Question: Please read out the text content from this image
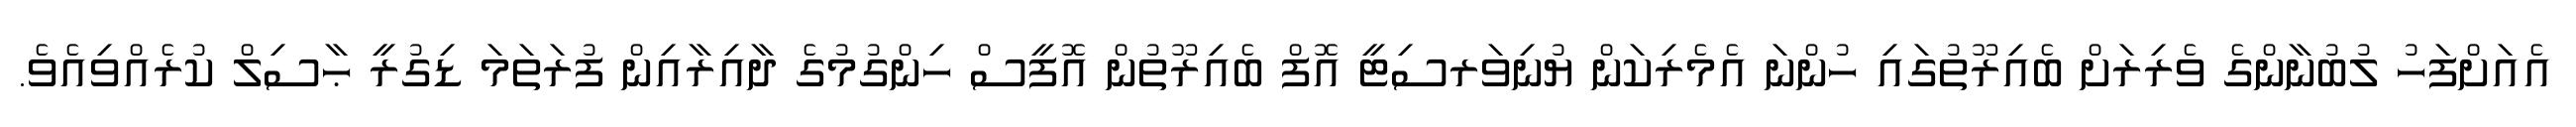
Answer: އެއަށްފަހު ލުބުނާންގެ ވެރިރަށް ބެއިރޫތުގައި ހުންނަ އެމެރިކަން ޔުނިވަރސިޓީ އޮފް ބެއިރޫތުން އޮފީސް ހިންގުމުގެ ދާއިރާއިން ފުރަތަމަ ޑިގުރީ ޙާސިލް ކުރެއްވިއެވެ.